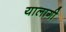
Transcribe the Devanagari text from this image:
यालागी